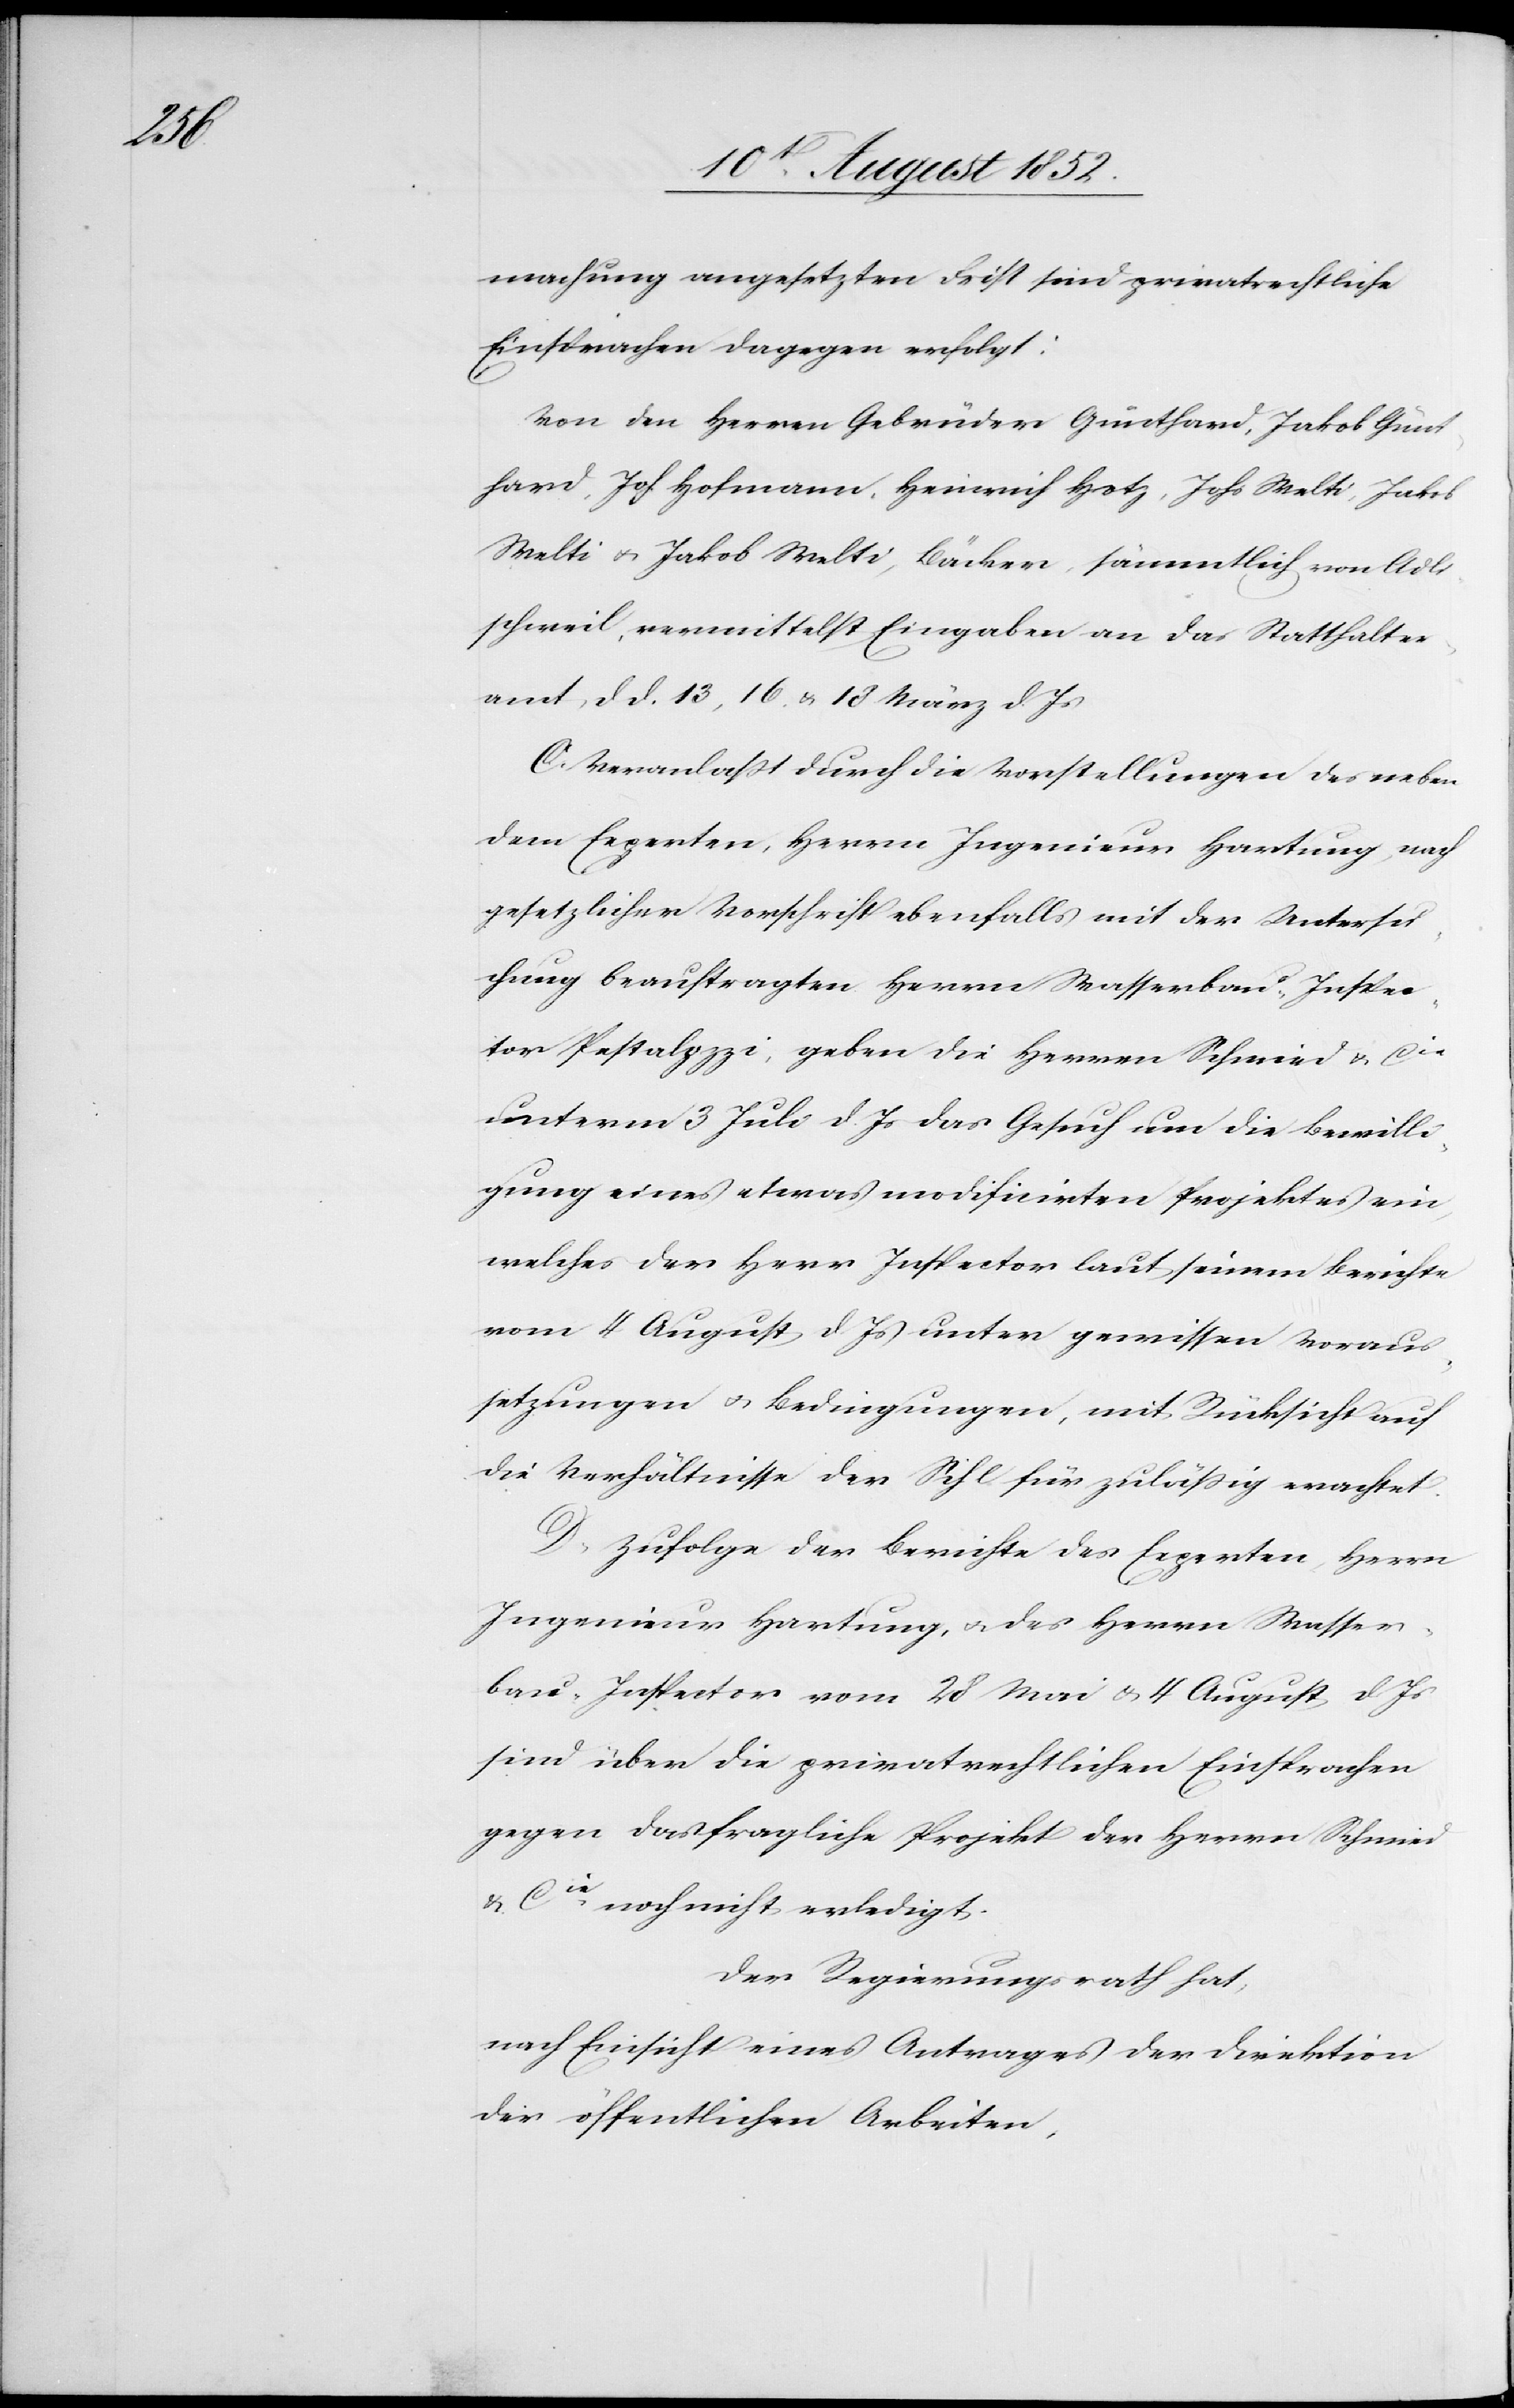
die

machung angesetzten Frist sind privatrechtliche
Einsprachen dagegen erfolgt:
Von den Herren Gebrüder Günthard, Jakob Günt¬
hard, Joh. Hofmann, Heinrich Hotz, Johs Welti, Jakob
Welti & Jakob Welti, Bäcker, sämmtlich von Adli¬
schweil, vermittelst Eingaben an das Statthalter¬
amt, d d. 13, 16. & 18 März d. Js
C. Veranlaßt durch die Vorstellungen des neben
dem Experten, Herrn Ingenieur Hartung, nach
gesetzlicher Vorschrift ebenfalls mit der Untersu¬
chung beauftragten Herrn Wasserbau-Inspec¬
tor Pestalozzi, geben die Herren Schmied & Cie
unterm 3 Juli d. Js das Gesuch um die Bewilli¬
gung eines etwas modificirten Projektes ein,
welches der Herr Inspector laut seinem Berichte
vom 4 August d. Js unter gewissen Voraus¬
setzungen & Bedingungen, mit Rücksicht auf
die Verhältnisse der Sihl für zuläßig erachtet.
D, Zufolge der Berichte des Experten, Herrn
Ingenieur Hartung, & des Herrn Wasser¬
bau-Inspector vom 28 Mai & 4 August d Js
gegen das fragliche Projekt der Herrn Schmied
& Cie. noch nicht erledigt.
Der Regierungsrath hat,
nach Einsicht eines Antrages der Direktion
der öffentlichen Arbeiten,